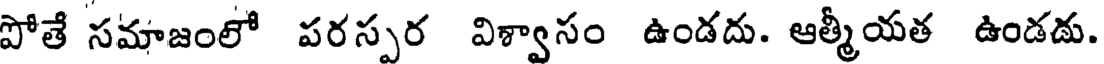
పోతే సమాజంలో పరస్పర విశ్వాసం ఉండదు. ఆత్మీయత ఉండడు.